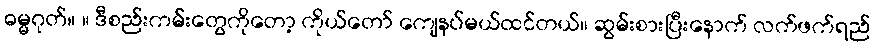
ဓမ္မဂုတ်။ ။ ဒီစည်းကမ်းတွေကိုတော့ ကိုယ်တော် ကျေနပ်မယ်ထင်တယ်။ ဆွမ်းစားပြီးနောက် လက်ဖက်ရည်